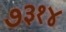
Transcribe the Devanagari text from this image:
७३१४